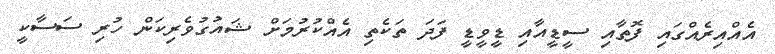
އެއްއިރެއްގައި ފޮތާއި ސީޑީއާއި ޑީވީޑީ ފަދަ ތަކެތި އެއްކުރުމަށް ޝައުގުވެރިކަން ހުރި ސަސާކީ